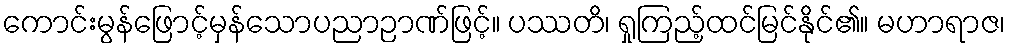
ကောင်းမွန်ဖြောင့်မှန်သောပညာဉာဏ်ဖြင့်။ ပဿတိ၊ ရှုကြည့်ထင်မြင်နိုင်၏။ မဟာရာဇ၊